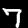
Digit: 7